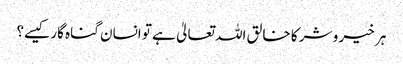
ہر خیر و شر کا خالق اللہ تعالیٰ ہے تو انسان گناہ گار کیسے؟